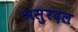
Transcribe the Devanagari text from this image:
असुरदल